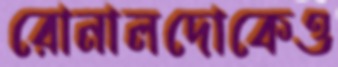
রোনালদোকেও